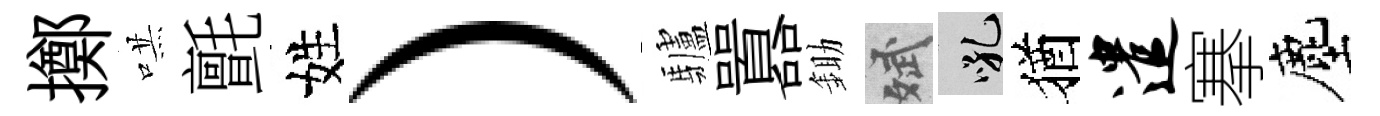
擲哄氈姓）驢囂鋤斌吼猶遣搴塵